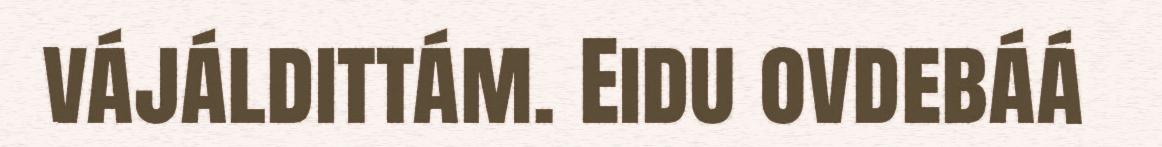
vájáldittám. Eidu ovdebáá